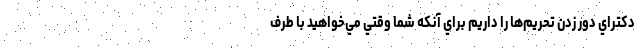
دكتراي دور زدن تحريم‌ها را داريم براي آنكه شما وقتي مي‌خواهيد با طرف